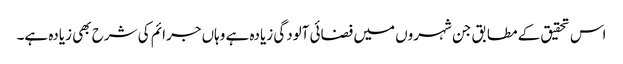
اس تحقیق کے مطابق جن شہروں میں فضائی آلودگی زیادہ ہے وہاں جرائم کی شرح بھی زیادہ ہے۔